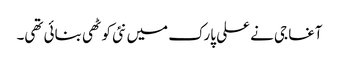
آغا جی نے علی پارک میں نئی کوٹھی بنائی تھی۔